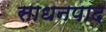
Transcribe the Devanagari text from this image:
साधनपाद